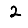
Digit: 2